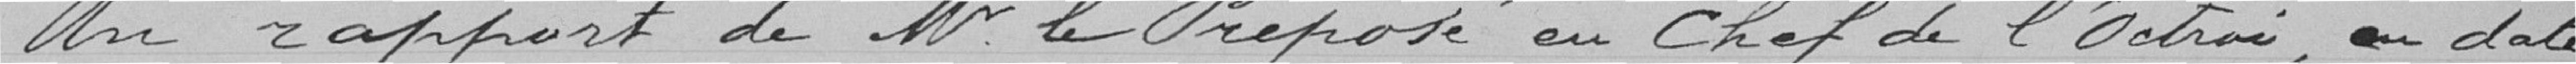
Vu rapport de Monsieur le Préposé en Chef de l'Octroi en date